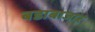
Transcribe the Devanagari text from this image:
बडाबाजार